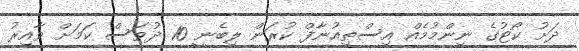
ދަށު ކޯޓުގެ ނިންމުމެއް އިސްތިއުނާފް ކުރަން ލިބެނީ 10 ދުވަސް ކަމަށް ވާއިރު